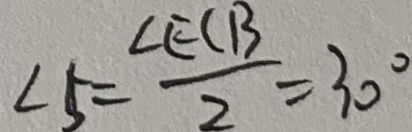
\angle 5 = \frac { \angle E ( B } { 2 } = 3 0 ^ { \circ }